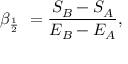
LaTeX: \beta _ { { \frac { 1 } { 2 } } } \ = { \frac { S _ { B } - S _ { A } } { E _ { B } - E _ { A } } } ,